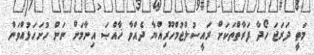
މަތީ ދަރަޖަ ހޯދާ ފަރާތްތަކަށް ރައީސުލްޖުމްހޫރިއްޔާ ދެއްވާ ޚާއްޞަ އިނާމަށް ނަން ހުށަހަޅުއްވަން